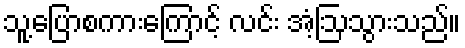
သူ့ပြောစကားကြောင့် လင်း အံ့ဩသွားသည်။